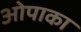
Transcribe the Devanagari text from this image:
ओपाका